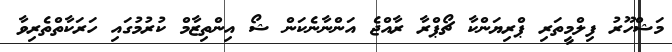
މަޝްހޫރު ފިލްމީތަރި ޕްރިޔަންކާ ޗޯޕްރާ ރާއްޖެ އަންނާނެކަން ޝޯ އިންތިޒާމް ކުރުމުގައި ހަރަކާތްތެރިވާ